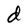
Character: d